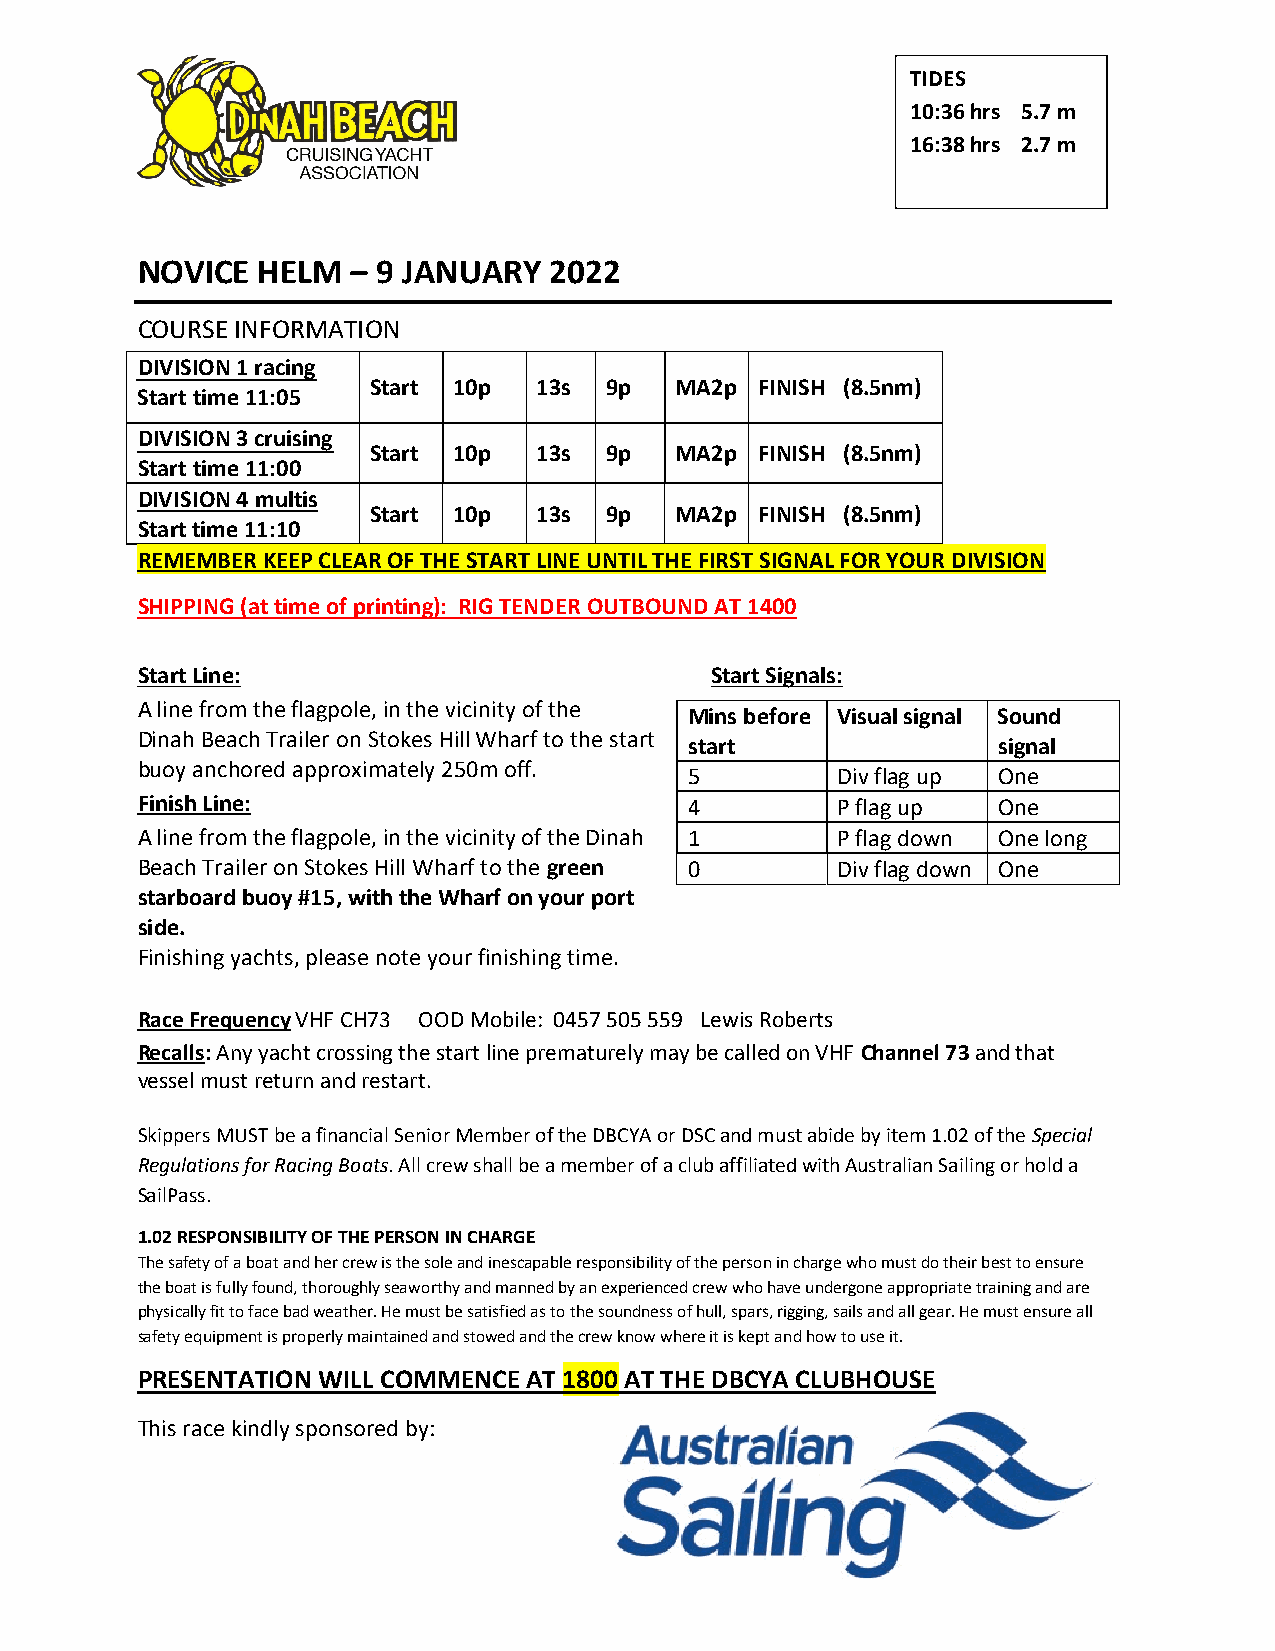
TIDES
 10:36 hrs 5.7 m
 16:38 hrs 2.7 m
 NOVICE  HELM  – 9 JANUARY  2022
 COURSE INFORMATION
 DIVISION 1 racing
 Start 10p   13s 9p   MA2p FINISH (8.5nm)
 Start time 11:05
 DIVISION 3 cruising
 Start 10p   13s 9p   MA2p FINISH (8.5nm)
 Start time 11:00
 DIVISION 4 multis
 Start 10p   13s 9p   MA2p FINISH (8.5nm)
 Start time 11:10
 REMEMBER KEEP CLEAR OF THE START LINE UNTIL THE FIRST SIGNAL FOR YOUR DIVISION
 SHIPPING (at time of printing): RIG TENDER OUTBOUND AT 1400
 Start Line:                           Start Signals:
 A line from the flagpole, in the vicinity of the
 Mins before Visual signal Sound
 Dinah Beach Trailer on Stokes Hill Wharf to the start
 start               signal
 buoy anchored approximately 250m off.
 5        Div flag up One
 Finish Line:                         4        P flag up  One
 A line from the flagpole, in the vicinity of the Dinah 1 P flag down One long
 Beach Trailer on Stokes Hill Wharf to the green 0 Div flag down One
 starboard buoy #15, with the Wharf on your port
 side.
 Finishing yachts, please note your finishing time.
 Race Frequency VHF CH73 OOD Mobile: 0457 505 559 Lewis Roberts
 Recalls: Any yacht crossing the start line prematurely may be called on VHF Channel 73 and that
 vessel must return and restart.
 Skippers MUST be a financial Senior Member of the DBCYA or DSC and must abide by item 1.02 of the Special
 Regulations for Racing Boats. All crew shall be a member of a club affiliated with Australian Sailing or hold a
 SailPass.
 1.02 RESPONSIBILITY OF THE PERSON IN CHARGE
 The safety of a boat and her crew is the sole and inescapable responsibility of the person in charge who must do their best to ensure
 the boat is fully found, thoroughly seaworthy and manned by an experienced crew who have undergone appropriate training and are
 physically fit to face bad weather. He must be satisfied as to the soundness of hull, spars, rigging, sails and all gear. He must ensure all
 safety equipment is properly maintained and stowed and the crew know where it is kept and how to use it.
 PRESENTATION WILL COMMENCE AT 1800 AT THE DBCYA CLUBHOUSE
 This race kindly sponsored by: